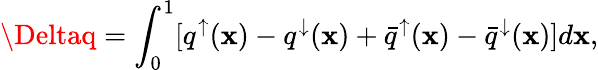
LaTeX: \Deltaq=\int_{0}^{1}[q^{\mathord\uparrow}(\mathbf{x})-q^{{\mathord\downarrow}}(\mathbf{x})+{\bar{{q}}}^{\mathord\uparrow}(\mathbf{x})-{\bar{{q}}}^{{\mathord\downarrow}}(\mathbf{x})]d\mathbf{x},